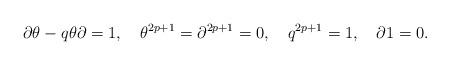
LaTeX: \begin{align*}\partial \theta-q \theta\partial =1,\quad\theta^{2p+1}=\partial^{2p+1}=0,\quad q^{2p+1}=1,\quad\partial 1=0.\end{align*}